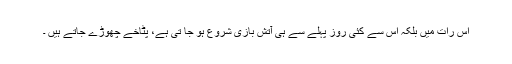
اس رات میں بلکہ اس سے کئی روز پہلے سے ہی آتش بازی شروع ہو جا تی ہے، پٹاخے چھوڑے جاتے ہیں ۔